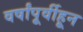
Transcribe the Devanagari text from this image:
वर्षांपूर्वीहून